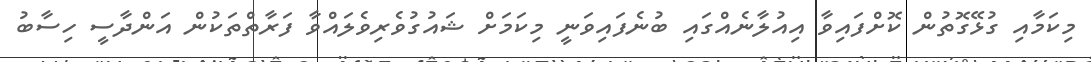
މިކަމާއި ގުޅޭގޮތުން ކޮށްފައިވާ އިއުލާނެއްގައި ބުނެފައިވަނީ މިކަމަށް ޝައުގުވެރިވެލައްވާ ފަރާތްތަކުން އަންދާސީ ހިސާބު